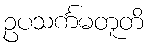
ဥပသင်္ကမတူတိ